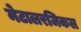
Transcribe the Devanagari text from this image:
मेटालरजिकल